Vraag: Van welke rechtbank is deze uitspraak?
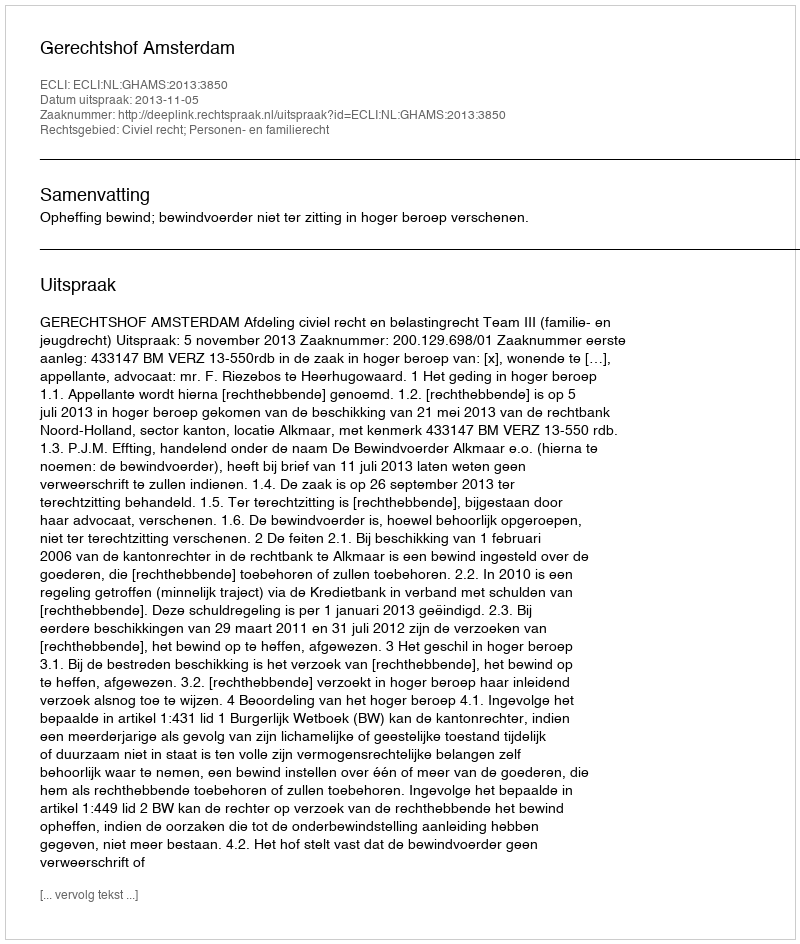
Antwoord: Gerechtshof Amsterdam